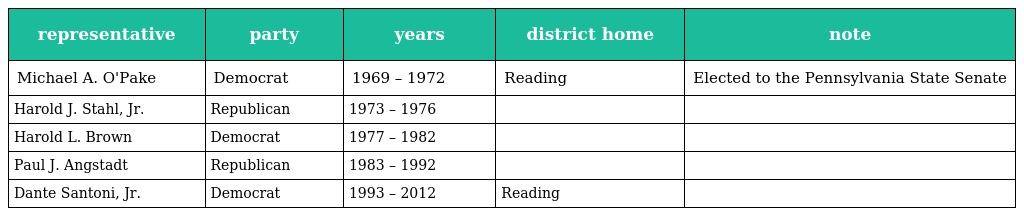
| representative | party | years | district home | note |
 | --- | --- | --- | --- | --- |
 | Michael A. O'Pake | Democrat | 1969 – 1972 | Reading | Elected to the Pennsylvania State Senate |
 | Harold J. Stahl, Jr. | Republican | 1973 – 1976 |  |  |
 | Harold L. Brown | Democrat | 1977 – 1982 |  |  |
 | Paul J. Angstadt | Republican | 1983 – 1992 |  |  |
 | Dante Santoni, Jr. | Democrat | 1993 – 2012 | Reading |  |